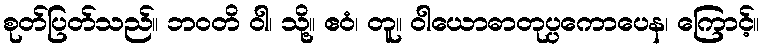
စုတ်ပြတ်သည်။ ဘဝတိ ဝါ၊ သို့။ ဧဝံ၊ တူ။ ဝါယောဓာတုပ္ပကောပေန၊ ကြောင့်။